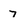
Character: 7